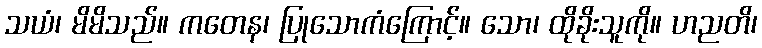
သယံ၊ မိမိသည်။ ကတေန၊ ပြုသောကံကြောင့်။ သော၊ ထိုခိုးသူကို။ ဟညတိ၊